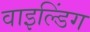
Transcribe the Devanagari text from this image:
वाइल्डिंग